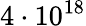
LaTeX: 4\cdot 10^{18}